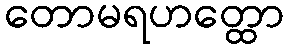
တောမရဟတ္ထော